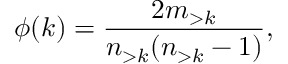
\phi ( k ) = \frac { 2 m _ { > k } } { n _ { > k } ( n _ { > k } - 1 ) } ,